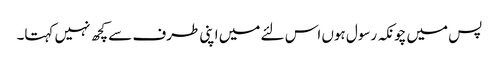
پس میں چونکہ رسول ہوں اس لئے میں اپنی طرف سے کچھ نہیں کہتا۔